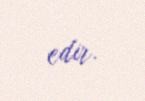
edir.